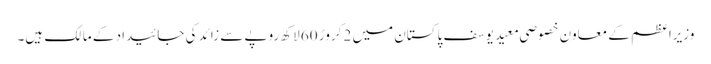
وزیراعظم کے معاون خصوصی معید یوسف پاکستان میں 2 کروڑ 60 لاکھ روپے سے زائد کی جائیداد کے مالک ہیں۔